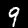
Digit: 9